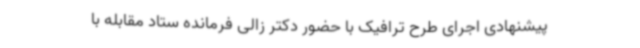
پیشنهادی اجرای طرح ترافیک با حضور دکتر زالی فرمانده ستاد مقابله با